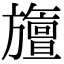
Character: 旜